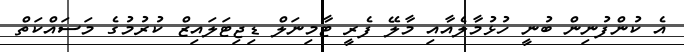
އެ ކުންފުނިން ބުނީ ހުޅުމާލެއާއި މާލޭ ފެރީ ޓާމިނަލް ޑިޖިޓަލައިޒް ކުރުމުގެ މަސައްކަތް